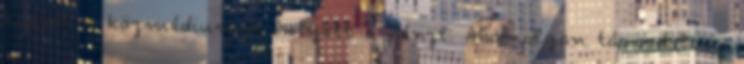
kapják a közmédiumok helyett a pénzt. Ahol olyan társadalom